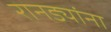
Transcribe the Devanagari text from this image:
रानड्यांना